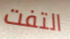
التفت